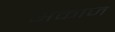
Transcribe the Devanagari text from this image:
अकाज